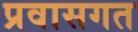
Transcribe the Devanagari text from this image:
प्रवासगत